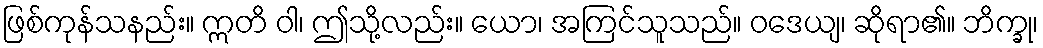
ဖြစ်ကုန်သနည်း။ ဣတိ ဝါ၊ ဤသို့လည်း။ ယော၊ အကြင်သူသည်။ ဝဒေယျ၊ ဆိုရာ၏။ ဘိက္ခု၊